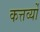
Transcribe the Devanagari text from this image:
कत्तर्व्यों